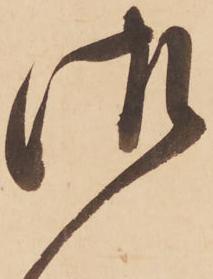
御